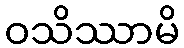
ဝသိဿာမိ